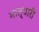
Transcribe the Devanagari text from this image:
मात्यारी